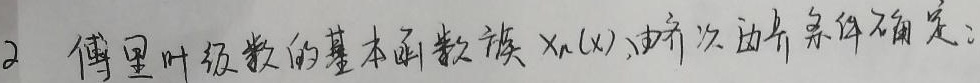
2 傅里叶级数的基本函数族 $\chi_{n}(x)$ 由齐次边界条件确定。